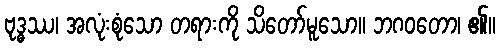
ဗုဒ္ဓဿ၊ အလုံးစုံသော တရားကို သိတော်မူသော။ ဘဂဝတော၊ ၏။